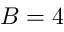
B = 4